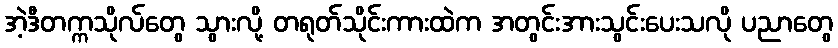
အဲ့ဒီတက္ကသိုလ်တွေ သွားလို့ တရုတ်သိုင်းကားထဲက အတွင်းအားသွင်းပေးသလို ပညာတွေ